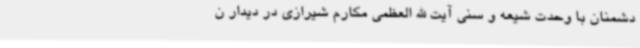
دشمنان با وحدت شیعه و سنی آیت الله العظمی مکارم شیرازی در دیدار ن